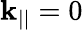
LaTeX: \mathbf{k}_{||}=0